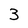
Character: 3